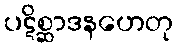
ပဋိစ္ဆာဒနဟေတု